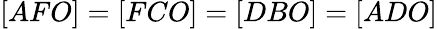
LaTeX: [AFO]=[FCO]=[DBO]=[ADO]